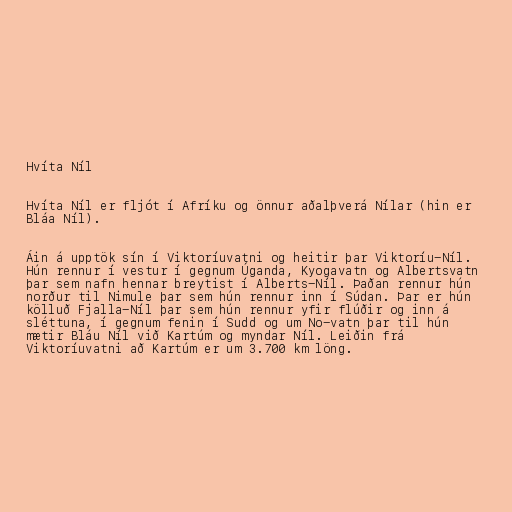
Hvíta Níl

Hvíta Níl er fljót í Afríku og önnur aðalþverá Nílar (hin er
Bláa Níl).

Áin á upptök sín í Viktoríuvatni og heitir þar Viktoríu-Níl.
Hún rennur í vestur í gegnum Úganda, Kyogavatn og Albertsvatn
þar sem nafn hennar breytist í Alberts-Níl. Þaðan rennur hún
norður til Nimule þar sem hún rennur inn í Súdan. Þar er hún
kölluð Fjalla-Níl þar sem hún rennur yfir flúðir og inn á
sléttuna, í gegnum fenin í Sudd og um No-vatn þar til hún
mætir Bláu Níl við Kartúm og myndar Níl. Leiðin frá
Viktoríuvatni að Kartúm er um 3.700 km löng.